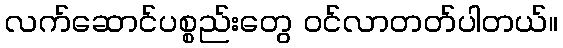
လက်ဆောင်ပစ္စည်းတွေ ဝင်လာတတ်ပါတယ်။